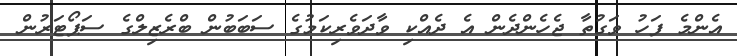
އެންމެ ފަހު ވަގުތާ ޖެހެންދެން އެ ދެއްކި ވާދަވެރިކަމުގެ ސަބަބުން ބްރެޒިލްގެ ސަޕޯޓަރުން